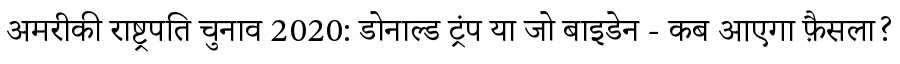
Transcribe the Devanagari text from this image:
अमरीकी राष्ट्रपति चुनाव 2020: डोनाल्ड ट्रंप या जो बाइडेन - कब आएगा फ़ैसला?